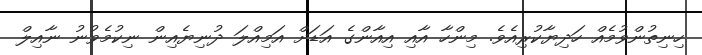
ހިނިތުންވުމެެއް ހަދިޔާކުރިއެވެ. މިންހާ އާއި އިއާންގެ އަޑަށް އަމިއްލަ ދުނިޔެއިން ނިކުމެވުނު ނާއިލް